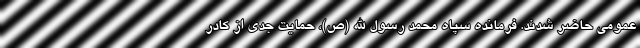
عمومی حاضر شدند. فرمانده سپاه محمد رسول الله (ص)، حمایت جدی از کادر